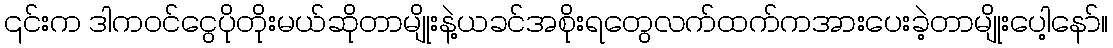
၎င်းက ဒါကဝင်ငွေပိုတိုးမယ်ဆိုတာမျိုးနဲ့ယခင်အစိုးရတွေလက်ထက်ကအားပေးခဲ့တာမျိုးပေါ့နော်။